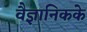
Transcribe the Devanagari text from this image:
वैज्ञानिकके